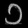
Digit: ၁